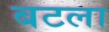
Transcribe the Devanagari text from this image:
बटला